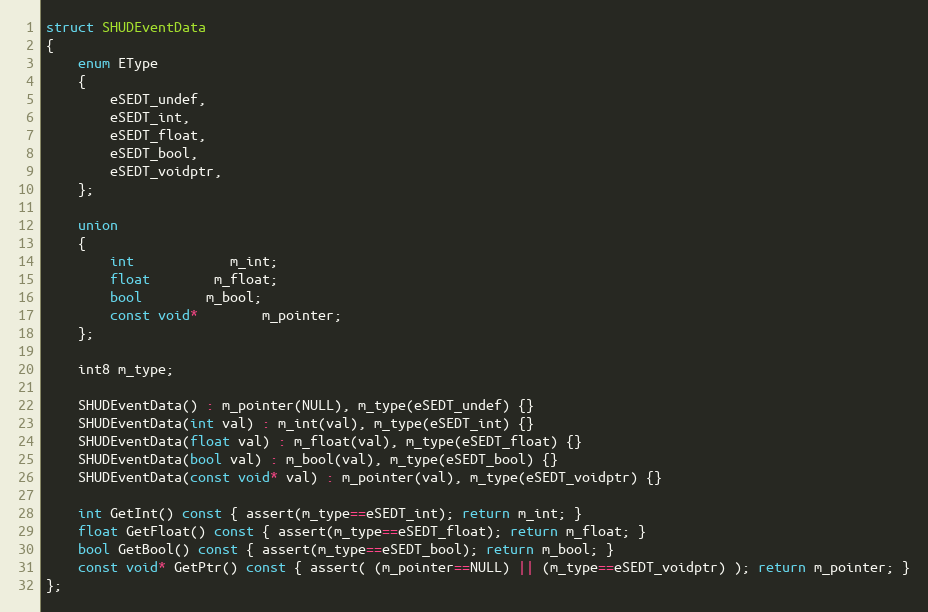
Language: C
struct SHUDEventData
{
	enum EType
	{
		eSEDT_undef,
		eSEDT_int,
		eSEDT_float,
		eSEDT_bool,
		eSEDT_voidptr,
	};

	union
	{
		int			m_int;
		float		m_float;
		bool		m_bool;
		const void*		m_pointer;
	};

	int8 m_type;

	SHUDEventData() : m_pointer(NULL), m_type(eSEDT_undef) {}
	SHUDEventData(int val) : m_int(val), m_type(eSEDT_int) {}
	SHUDEventData(float val) : m_float(val), m_type(eSEDT_float) {}
	SHUDEventData(bool val) : m_bool(val), m_type(eSEDT_bool) {}
	SHUDEventData(const void* val) : m_pointer(val), m_type(eSEDT_voidptr) {}

	int GetInt() const { assert(m_type==eSEDT_int); return m_int; }
	float GetFloat() const { assert(m_type==eSEDT_float); return m_float; }
	bool GetBool() const { assert(m_type==eSEDT_bool); return m_bool; }
	const void* GetPtr() const { assert( (m_pointer==NULL) || (m_type==eSEDT_voidptr) ); return m_pointer; }
};